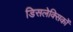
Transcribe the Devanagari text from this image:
डिसलेक्सिकों